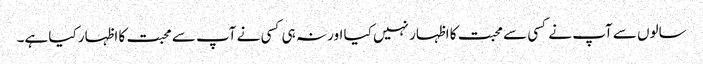
سالوں سے آپ نے کسی سے محبت کا اظہار نہیں کیا اور نہ ہی کسی نے آپ سے محبت کا اظہار کیا ہے۔